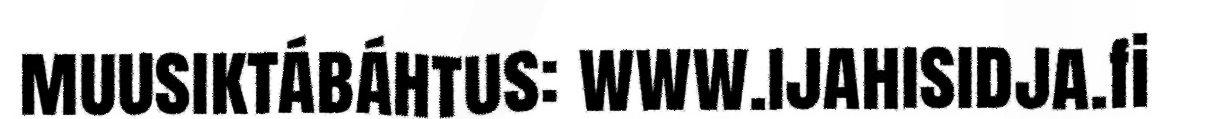
muusiktábáhtus: www.ijahisidja.fi